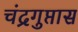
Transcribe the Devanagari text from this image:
चंद्रगुप्तास